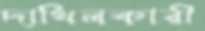
দাখিলকারী